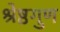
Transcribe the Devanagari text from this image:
श्रेष्ठगुण